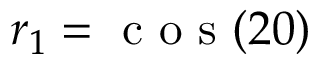
r _ { 1 } = \textrm { c o s } ( 2 0 )